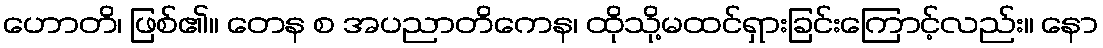
ဟောတိ၊ ဖြစ်၏။ တေန စ အပညာတိကေန၊ ထိုသို့မထင်ရှားခြင်းကြောင့်လည်း။ နော